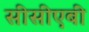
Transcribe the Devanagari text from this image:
सीसीएबी